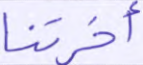
أخرتنا